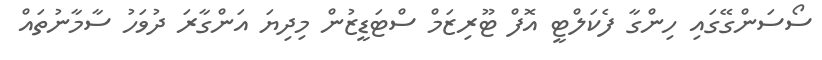
ސޯސަންގޭގައި ހިންގާ ފެކަލްޓީ އޮފް ޓޫރިޒަމް ސްޓަޑީޒުން މިދިޔަ އަންގާރަ ދުވަހު ސާމާނުތައް